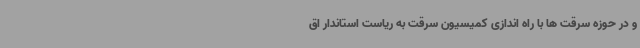
و در حوزه سرقت ها با راه اندازی کمیسیون سرقت به ریاست استاندار اق